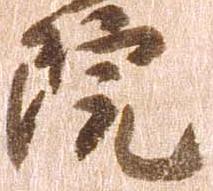
院